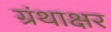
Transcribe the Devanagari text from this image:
ग्रंथाक्षर